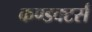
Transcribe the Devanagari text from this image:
कण्डक्टर्स